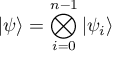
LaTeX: | \psi \rangle = \bigotimes _ { i = 0 } ^ { n - 1 } | \psi _ { i } \rangle